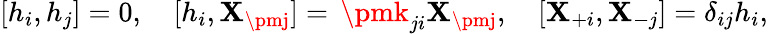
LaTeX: [h_{i},h_{j}]=0,\quad[h_{i},\mathbf{X}_{\pmj}]=\, \pmk_{ji}\mathbf{X}_{\pmj},\quad[\mathbf{X}_{+i},\mathbf{X}_{-j}]=\delta_{ij}h_{i},